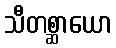
သီတစ္ဆာယော